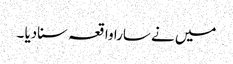
میں نے سارا واقعہ سنادیا ۔